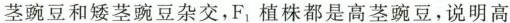
茎豌豆和矮茎豌豆杂交，F_{1}植株都是高茎豌豆，说明高